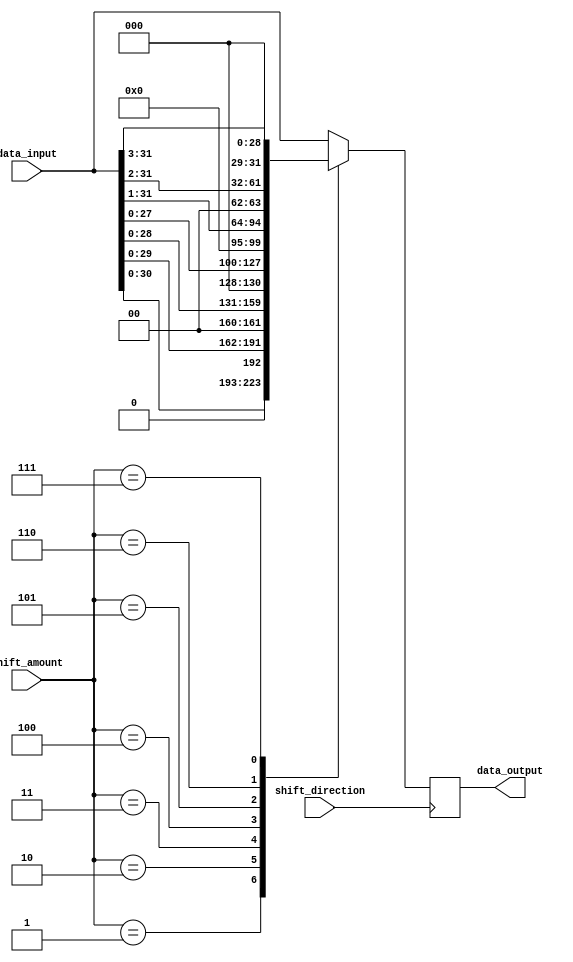
module barrel_shifter(
    input [31:0] data_input,
    input [3:0] shift_amount,
    input shift_direction,
    output reg [31:0] data_output
);

reg [31:0] temp;

always @(posedge shift_direction) begin
    case(shift_amount)
        4'b0000: temp = data_input; 
        4'b0001: temp = data_input << 1; 
        4'b0010: temp = data_input << 2; 
        4'b0011: temp = data_input << 3; 
        4'b0100: temp = data_input << 4; 
        4'b0101: temp = data_input >> 1; 
        4'b0110: temp = data_input >> 2; 
        4'b0111: temp = data_input >> 3; 
        default: temp = data_input;
    endcase
    data_output <= temp;
end

endmodule